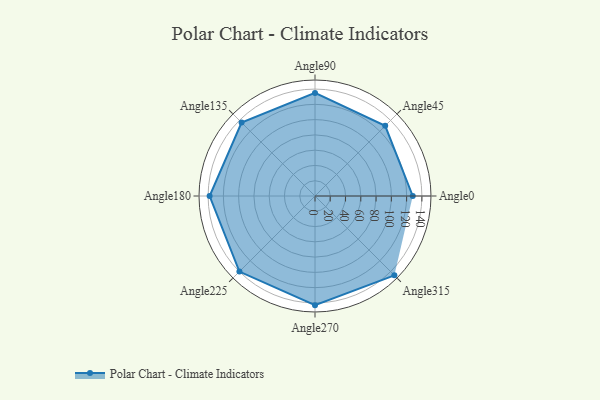
{"axis": {"x": "Angle", "y": "Radius"}, "legend": [""], "data": [{"x": "Angle0", "y": 128.0, "type": ""}, {"x": "Angle45", "y": 130.0, "type": ""}, {"x": "Angle90", "y": 135.0, "type": ""}, {"x": "Angle135", "y": 136.0, "type": ""}, {"x": "Angle180", "y": 138.0, "type": ""}, {"x": "Angle225", "y": 140.0, "type": ""}, {"x": "Angle270", "y": 143.0, "type": ""}, {"x": "Angle315", "y": 147.0, "type": ""}]}